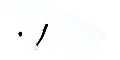
٠١